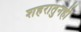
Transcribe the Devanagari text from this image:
शहरातुनही